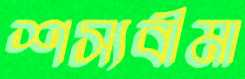
শস্যবীমা